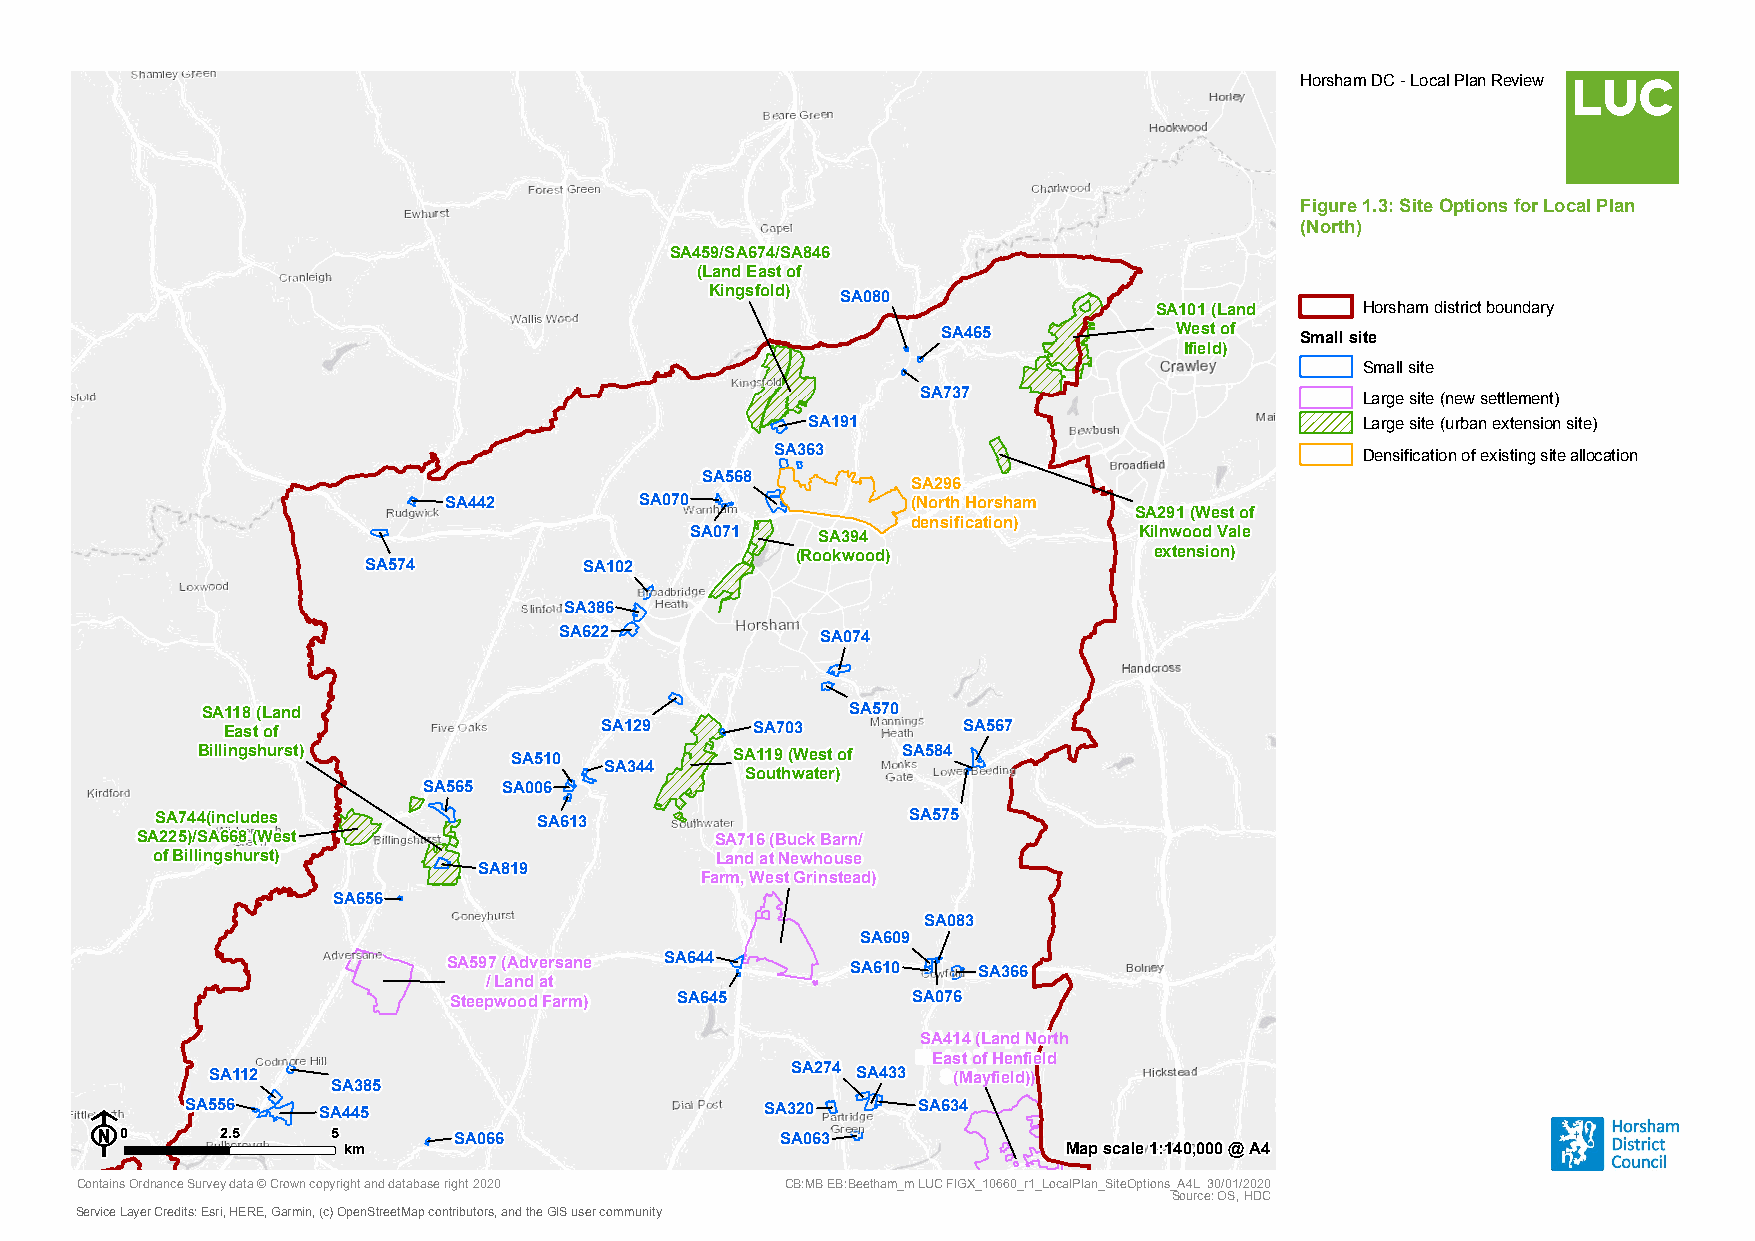
Horsham DC - Local Plan Review
 Figure 1.3: Site Options for Local Plan
 (North)
 SA459/SA674/SA846
 (Land East of
 Kingsfold) SA080
 SA101 (Land  Horsham district boundary
 SA465           West of Small site
 Ifield)
 Small site
 SA737                        Large site (new settlement)
 SA191                                Large site (urban extension site)
 SA363                                  Densification of existing site allocation
 SA568
 SA296
 SA442        SA070             (North Horsham
 SA291 (West of
 densification)
 SA071   SA394                Kilnwood Vale
 (Rookwood)             extension)
 SA574          SA102
 SA386
 SA622            SA074
 SA118 (Land                                SA570
 East of                  SA129     SA703         SA567
 Billingshurst)       SA510          SA119 (West of SA584
 SA344
 Southwater)
 SA565 SA006
 SA744(includes            SA613                   SA575
 SA225)/SA668 (West                    SA716 (Buck Barn/
 of Billingshurst)                    Land at Newhouse
 SA819
 Farm, West Grinstead)
 SA656
 SA083
 SA609
 SA597 (Adversane SA644    SA610    SA366
 / Land at
 Steepwood Farm) SA645         SA076
 SA414 (Land North
 East of Henfield
 SA112                                 SA274 SA433 (Mayfield))
 SA385
 F     SA556    SA445                         SA320     SA634
 0      2.5    5       SA066                 SA063
 km                                              Map scale 1:140,000 @ A4
 Contains Ordnance Survey data © Crown copyright and databasSe Arig0h3t 29020 CB:MB EB:BS eA eth6 a8 m6 _m LUC FIGX_10660_r1_LocalPlan_SiteOptions_A4L 30/01/2020
 Source: OS, HDC
 Service Layer Credits: Esri, HERE, Garmin, (c) OpenStreetMap contributors, and the GIS user community